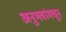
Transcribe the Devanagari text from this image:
अनुभवांमधून